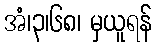
အံ၊၃၊၆၈၊ မှယူရန်